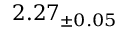
2 . 2 7 _ { \pm 0 . 0 5 }